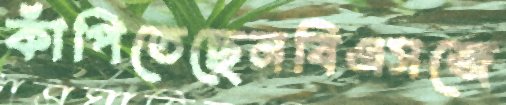
কাঁপিতেছেনবিএসজে